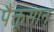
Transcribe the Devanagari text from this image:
पैक्तूसान्